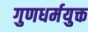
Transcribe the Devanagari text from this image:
गुणधर्मयुक्त